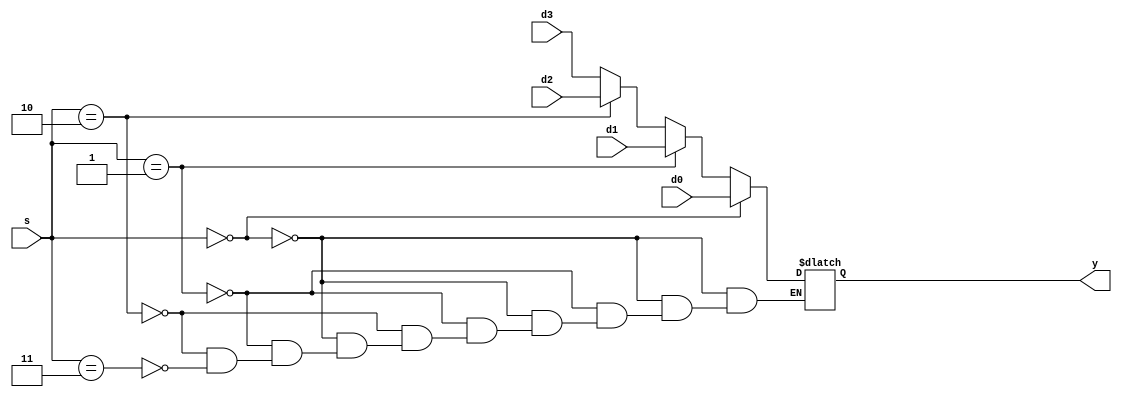

`timescale 1ns/1ns

module mux4(d0, d1, d2, d3, s, y);
parameter n = 32;
input [n-1:0] d0, d1, d2, d3;
input [1:0]s;
output reg [n-1:0] y;
always @* begin
if (s == 2'b00)
    y = d0;
  else if (s == 2'b01)
    y = d1;
  else  if (s == 2'b10)
    y = d2;
  else  if (s == 2'b11)
     y = d3;
     end
endmodule